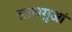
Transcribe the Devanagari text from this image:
लालगुआं